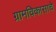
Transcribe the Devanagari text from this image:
ग्रामविकासाचे